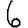
Digit: 6